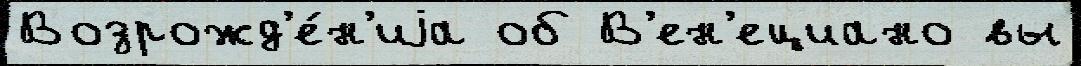
Возрожд'е́н'иjа об В'ен'ециано вы